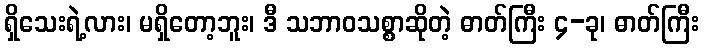
ရှိသေးရဲ့လား၊ မရှိတော့ဘူး၊ ဒီ သဘာဝသစ္စာဆိုတဲ့ ဓာတ်ကြီး ၄-ခု၊ ဓာတ်ကြီး